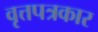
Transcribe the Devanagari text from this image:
वृत्तपत्रकार